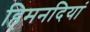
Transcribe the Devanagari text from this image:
हिमनदियां